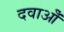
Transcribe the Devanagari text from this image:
दवाओँ